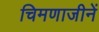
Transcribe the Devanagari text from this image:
चिमणाजीनें